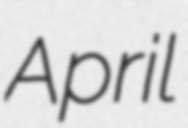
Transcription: April